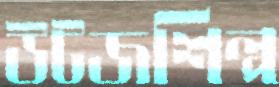
উটজশিল্প